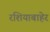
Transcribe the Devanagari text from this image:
रशियाबाहेर